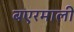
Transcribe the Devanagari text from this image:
बएरमाली